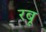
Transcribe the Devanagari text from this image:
रबू